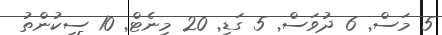
5 މަސް